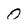
Character: 0